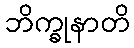
ဘိက္ခုနာတိ